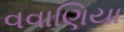
વવાણિયા